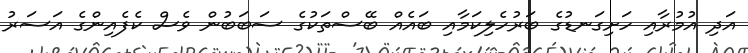
އަދި އުމުރާއި ހަށިގަނޑުގެ ބަރުހެލިކަމާއި ބައެއް ބޭސްތަކުގެ ސަބަބުން ވެސް ކެފެއިންގެ އަސަރު